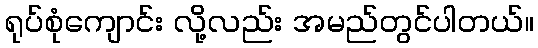
ရုပ်စုံကျောင်း လို့လည်း အမည်တွင်ပါတယ်။